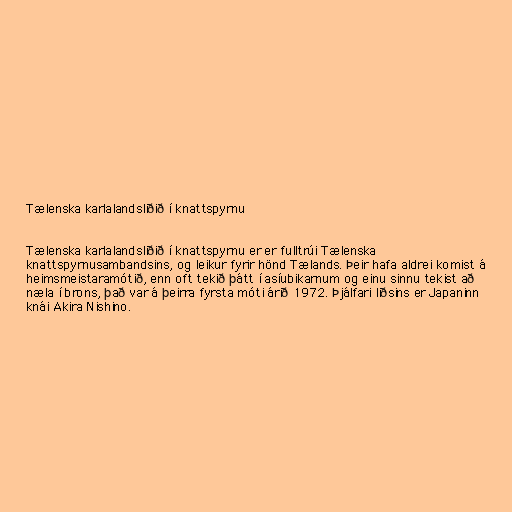
Tælenska karlalandsliðið í knattspyrnu

Tælenska karlalandsliðið í knattspyrnu er er fulltrúi Tælenska
knattspyrnusambandsins, og leikur fyrir hönd Tælands. Þeir hafa aldrei komist á
heimsmeistaramótið, enn oft tekið þátt í asíubikarnum og einu sinnu tekist að
næla í brons, það var á þeirra fyrsta móti árið 1972. Þjálfari liðsins er Japaninn
knái Akira Nishino.